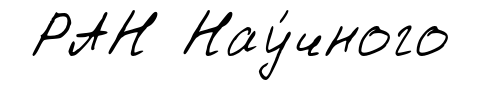
РАН Нау́чного